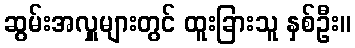
ဆွမ်းအလှူများတွင် ထူးခြားသူ နှစ်ဦး။